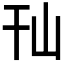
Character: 𰏢